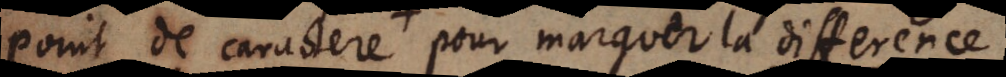
point de caractere pour marquer la difference